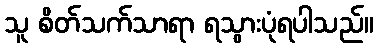
သူ စိတ်သက်သာရာ ရသွားပုံရပါသည်။